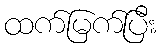
ထက်မြက်ပြီး